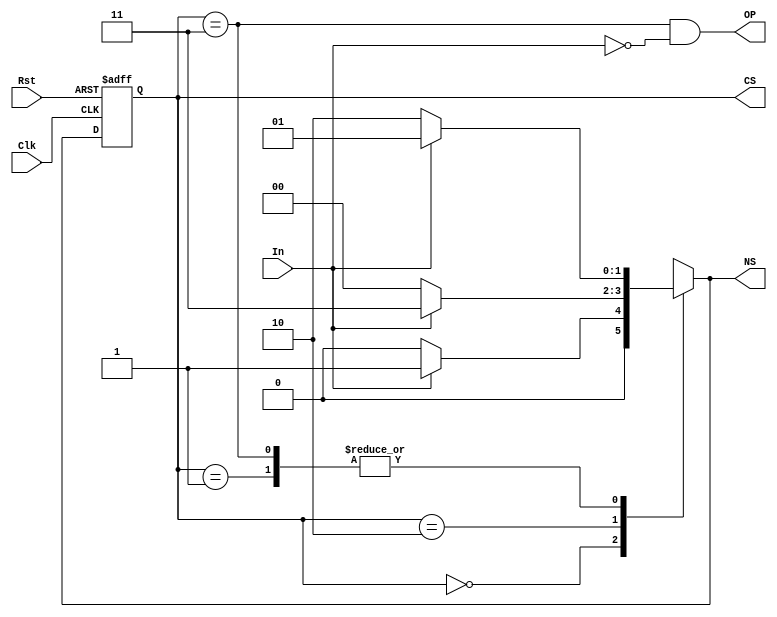
`timescale 1ns / 1ps
//////////////////////////////////////////////////////////////////////////////////

// ID           : N180116
// Branch       : ECE
// Project Name : IMPLEMENTATION OF FINITTE STATE MACHINES USING VERILOG
// Design Name  : SEQUENCE DETECTOR 1010 USING MEALY MACHINE(OVERLAPPING)
// Module Name  : mealy_1010_seq_det_over
// RGUKT NUZVID 
//////////////////////////////////////////////////////////////////////////////////


module mealy_1010_seq_det_over(Clk,Rst,In,OP,CS,NS);
input Clk,Rst,In; // Input signals
output OP;        // Output signal
output [1:0]CS,NS;

parameter s0   = 0,  // state registers
		  s1   = 1, 
		  s10  = 2,
		  s101 = 3;
		  
reg [1:0]C_State,N_State; // state declarations 

// State register 

always @(posedge Clk,negedge Rst) begin

	if(!Rst)
	begin
		C_State <= s0; 
	end
	
	else begin
		C_State <= N_State;
	end
end


// Next state logic

always @(C_State,In) begin

	case(C_State)
	
		s0  : N_State <= In ? s1:s0 ;

		s1  : N_State <= In ? s1:s10 ;

		s10 : N_State <= In ? s101:s0 ;

		s101: N_State <= In ? s1:s10 ;

		default : N_State <= s0;
		
	endcase
end


// Output logic

assign OP = ((C_State == s101) && (!In));


//states 
assign CS = C_State ;
assign NS = N_State ;

endmodule